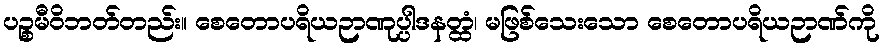
ပဉ္စမီဝိဘတ်တည်း။ စေတောပရိယဉာဏုပ္ပါဒနတ္ထံ၊ မဖြစ်သေးသော စေတောပရိယဉာဏ်ကို